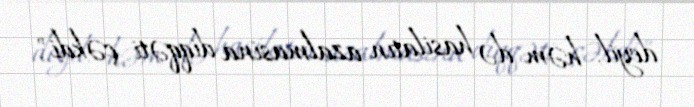
deyil, həm də hasilatın azalmasına diqqəti çəkdi".